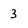
Character: 3